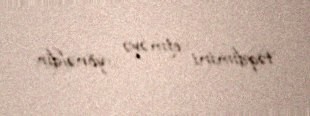
təqdimini etməyə yönəldir.